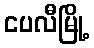
ငပလီမြို့